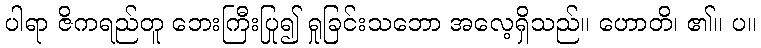
ပါရာ ဇိကရည်တူ ဘေးကြီးပြု၍ ရှုခြင်းသဘော အလေ့ရှိသည်။ ဟောတိ၊ ၏။ ပ။